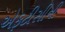
એફટીસીની